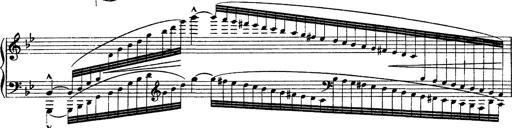
Title: Ã‰tudes d'exÃ©cution transcendante d'aprÃ¨s Paganini
Composer: Franz Liszt